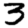
Digit: 3